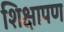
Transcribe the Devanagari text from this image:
शिक्षापण